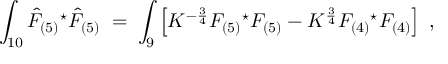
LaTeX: \int _ { 1 0 } \hat { F } _ { ( 5 ) } { } ^ { \star } \hat { F } _ { ( 5 ) } \; = \; \int _ { 9 } \left[ K ^ { - \frac { 3 } { 4 } } F _ { ( 5 ) } { } ^ { \star } F _ { ( 5 ) } - K ^ { \frac { 3 } { 4 } } F _ { ( 4 ) } { } ^ { \star } F _ { ( 4 ) } \right] \; ,